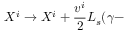
X ^ { i } \rightarrow X ^ { i } + { \frac { v ^ { i } } { 2 } } \ensuremath { L _ { s } } ( \gamma -